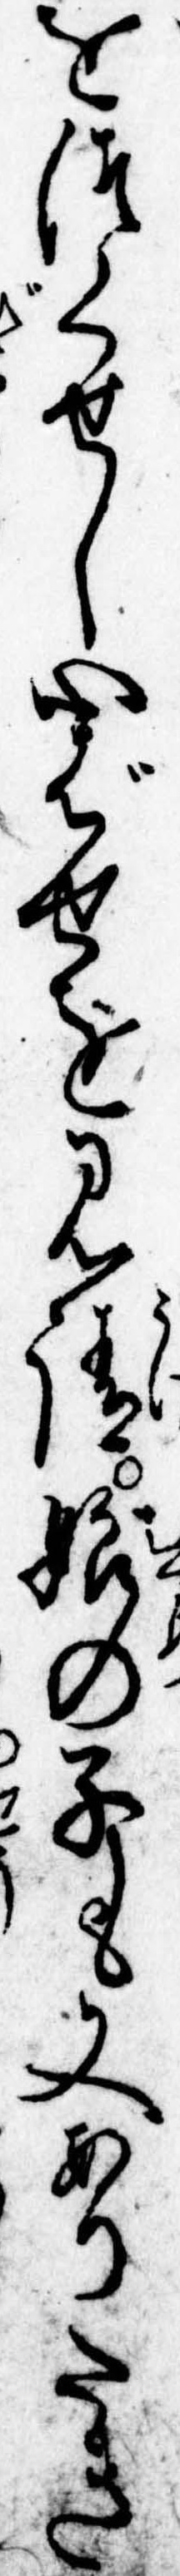
をつくせし心ばせを見請娘の子も又ありたき